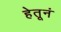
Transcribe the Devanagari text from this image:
हेतूनं